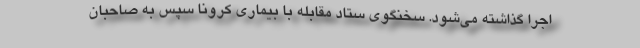
اجرا گذاشته می‌شود. سخنگوی ستاد مقابله با بیماری کرونا سپس به صاحبان